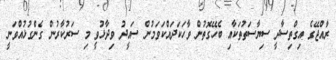
ރާއްޖޭގެ އިގްތިސާދީ ސިޔާސަތުތަކާއި ބެހޭގޮތުން ވާހަކަދައްކަވަމުން ސައީދު ވިދާޅުވީ މި ސަރުކާރުން ގެންގުޅުއްވަނީ